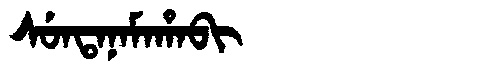
Manchu: ᠰᡠᠨᡨᠠᠨᠠᠮᠠᡥᠠᠪᡳ
Romanization: SUNTANAMAHABI